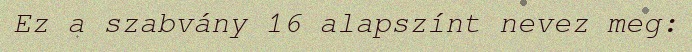
Ez a szabvány 16 alapszínt nevez meg: